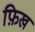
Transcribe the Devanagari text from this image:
फ़िख